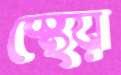
স্থেয়